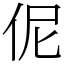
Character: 伲